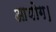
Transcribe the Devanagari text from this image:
आयोग।